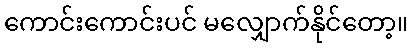
ကောင်းကောင်းပင် မလျှောက်နိုင်တော့။